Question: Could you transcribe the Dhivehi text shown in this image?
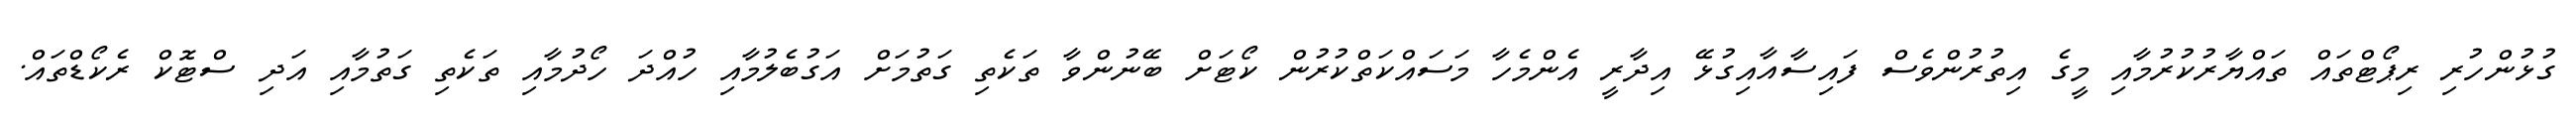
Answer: ގުޅުންހުރި ރިޕޯޓްތައް ތައްޔާރުކުރުމާއި މީގެ އިތުރުންވެސް ފައިސާއާއިގުޅޭ އިދާރީ އެންމެހާ މަސައްކަތްކުރުން ކޯޓަށް ބޭނުންވާ ތަކެތި ގަތުމަށް އަގުބެލުމާއި ހުއްދަ ހޯދުމާއި ތަކެތި ގަތުމާއި އަދި ސްޓޮކް ރެކޯޑްތައް.